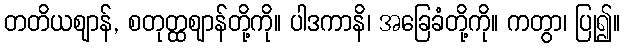
တတိယဈာန်, စတုတ္ထဈာန်တို့ကို။ ပါဒကာနိ၊ အခြေခံတို့ကို။ ကတွာ၊ ပြု၍။